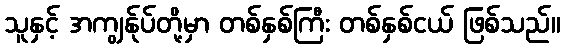
သူနှင့် အကျွန်ုပ်တို့မှာ တစ်နှစ်ကြီး တစ်နှစ်ငယ် ဖြစ်သည်။